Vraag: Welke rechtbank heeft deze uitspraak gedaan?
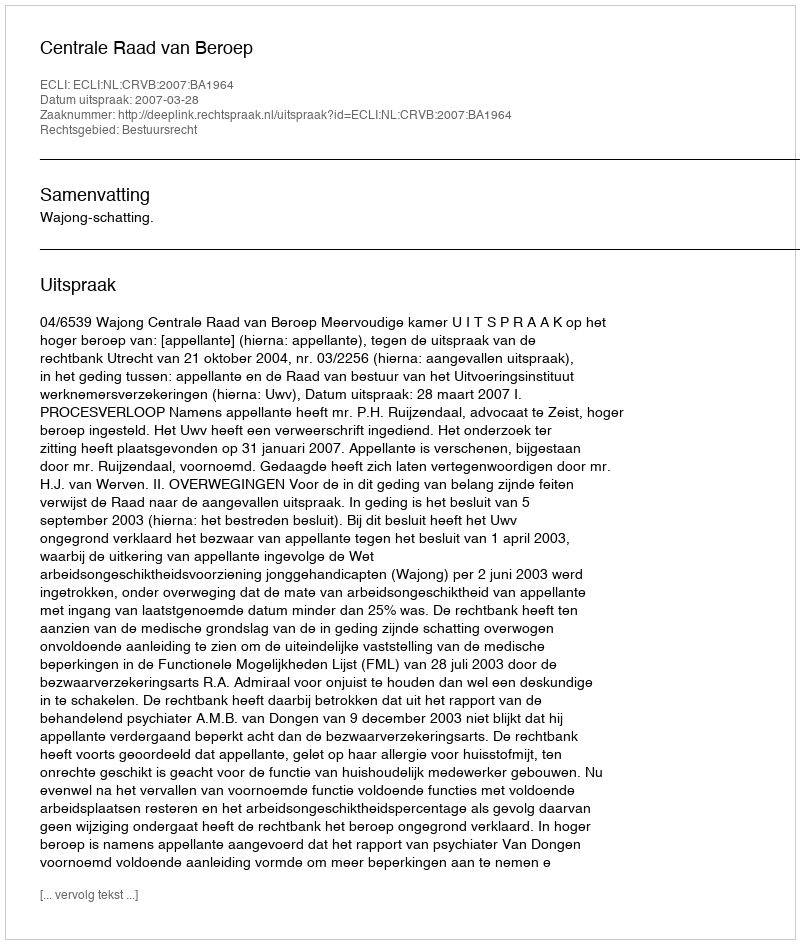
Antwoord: Centrale Raad van Beroep